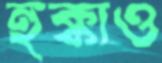
হুক্কাও